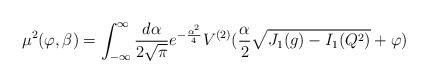
LaTeX: \begin{align*}\mu^2(\varphi,\beta) = \int^\infty_{-\infty} {\frac {d\alpha}{2\sqrt{\pi}}}e^{-{\frac {\alpha^2}{4}}} V^{(2)}({\frac {\alpha}{2}}\sqrt{J_1(g)- I_1 (Q^2)}+\varphi)\end{align*}